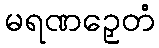
မရဏဉှေတံ